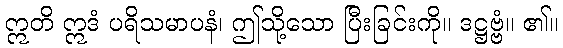
ဣတိ ဣဒံ ပရိသမာပနံ၊ ဤသို့သော ပြီးခြင်းကို။ ဒဋ္ဌဗ္ဗံ။ ၏။